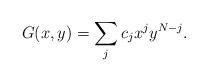
LaTeX: \begin{align*}G(x,y)=\sum_jc_jx^jy^{N-j}. \end{align*}